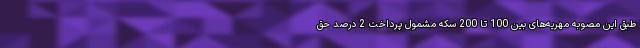
طبق این مصوبه مهریه‌های بین 100 تا 200 سکه مشمول پرداخت 2 درصد حق